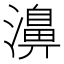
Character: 濞